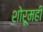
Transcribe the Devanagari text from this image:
शोरूमही